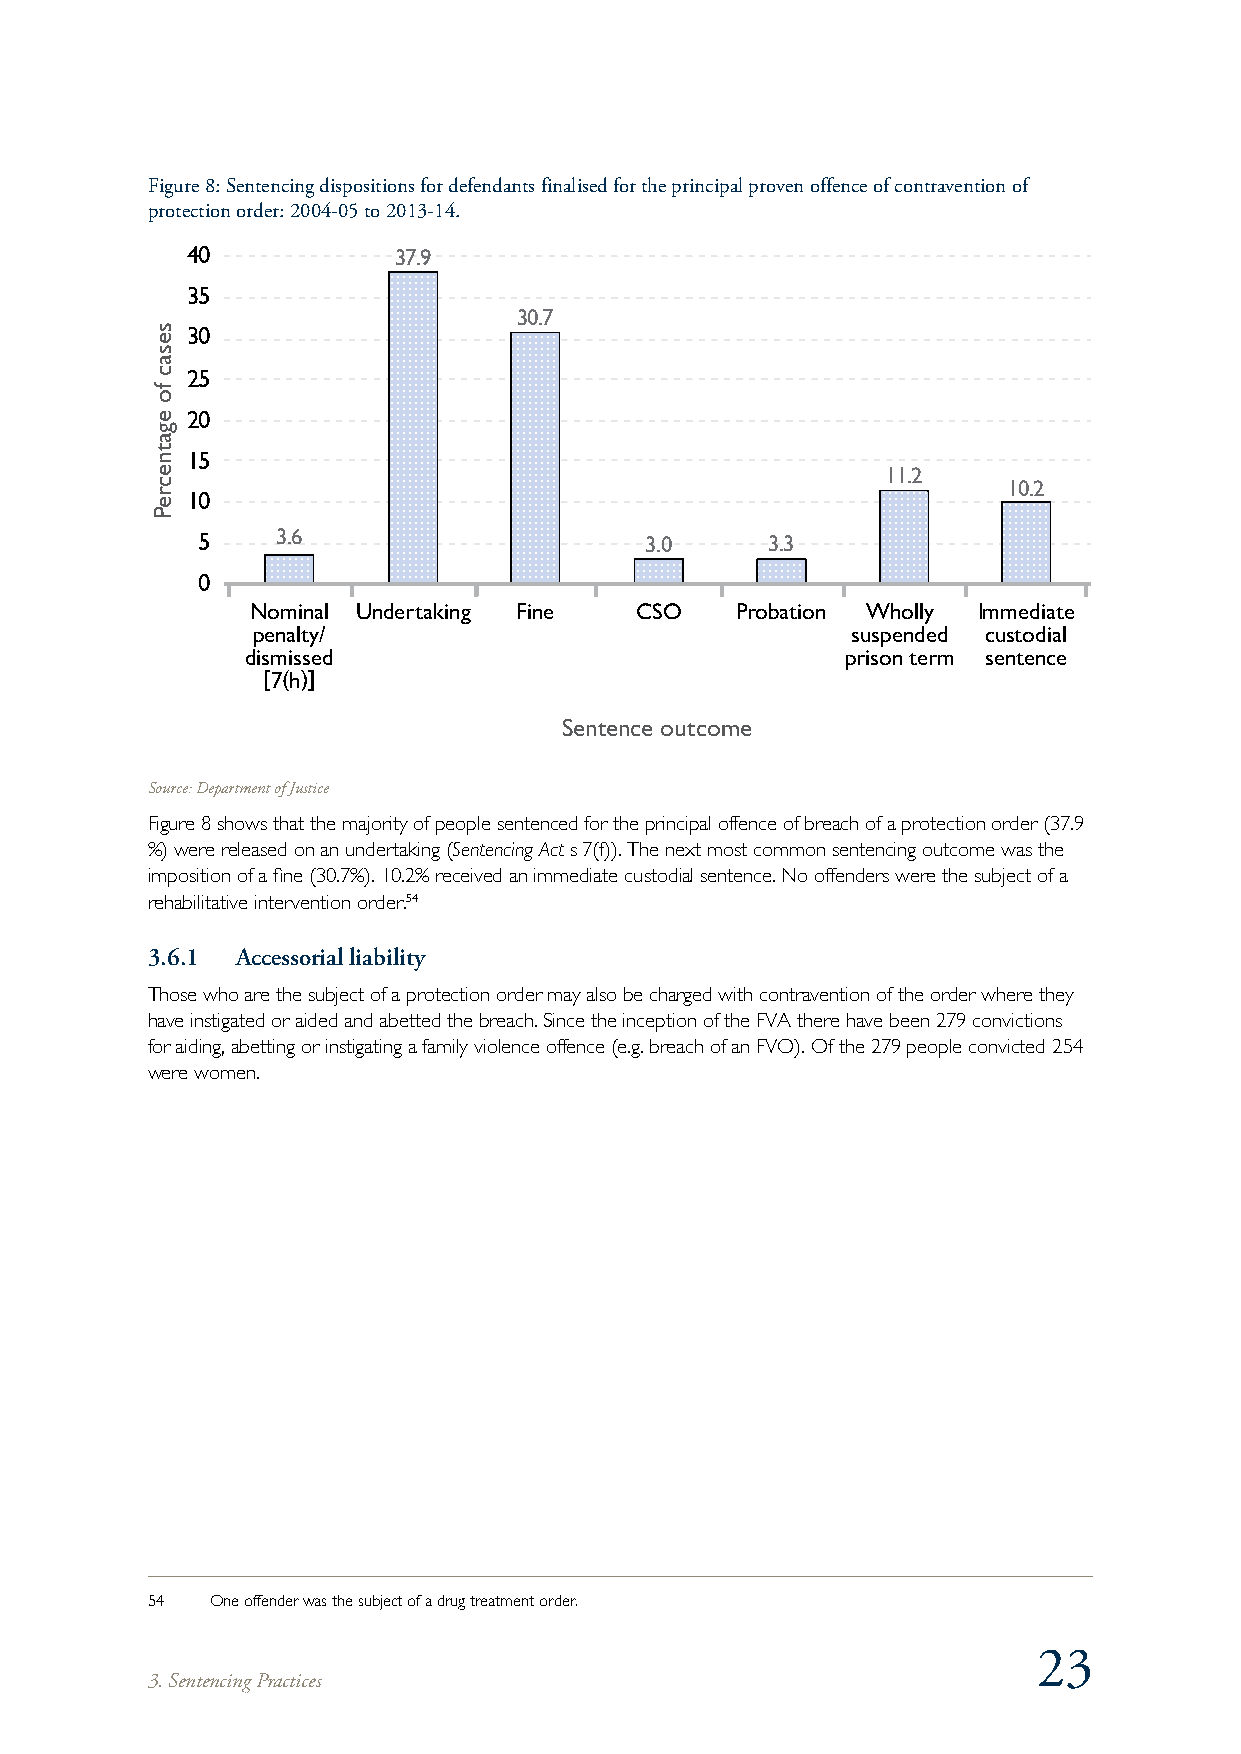
Figure 8: Sentencing dispositions for defendants finalised for the principal proven offence of contravention of
 protection order: 2004-05 to 2013-14.
 40            37.9
 35
 30.7
 30
 25
 20
 15
 11.2
 10.2
 10
 5    3.6                      3.0     3.3
 0
 Nominal Undertaking Fine CSO    Probation Wholly Immediate
 penalty/                               suspended custodial
 dismissed                               prison term sentence
 [7(h)]
 Sentence outcome
 Source: Department of Justice
 Figure 8 shows that the majority of people sentenced for the principal offence of breach of a protection order (37.9
 %) were released on an undertaking (Sentencing Act s 7(f)). The next most common sentencing outcome was the
 imposition of a fine (30.7%). 10.2% received an immediate custodial sentence. No offenders were the subject of a
 rehabilitative intervention order.54
 3.6.1 Accessorial liability
 Those who are the subject of a protection order may also be charged with contravention of the order where they
 have instigated or aided and abetted the breach. Since the inception of the FVA there have been 279 convictions
 for aiding, abetting or instigating a family violence offence (e.g. breach of an FVO). Of the 279 people convicted 254
 were women.
 54  One offender was the subject of a drug treatment order.
 23
 3. Sentencing Practices
 sesac
 fo
 egatnecreP